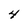
Character: 4